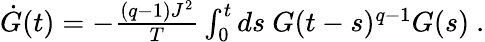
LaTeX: \begin{array}{r}{\dot{G}(t)=-\frac{(q-1)J^{2}}{T}\int_{0}^{t}ds\ G(t-s)^{q-1}G(s)~.}\end{array}